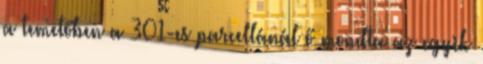
a temetőben a 301-es parcellánál ő mondta az egyik